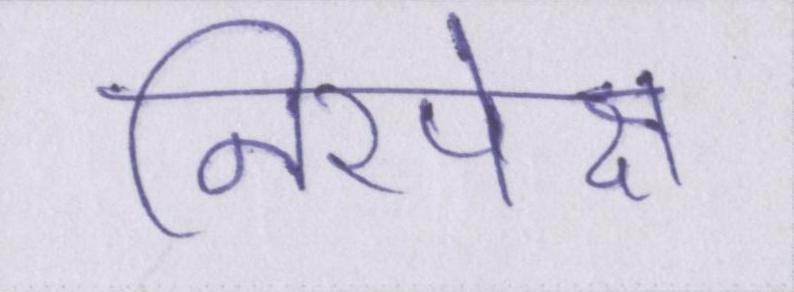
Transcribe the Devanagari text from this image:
निरपेक्ष